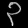
Digit: ၃